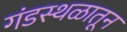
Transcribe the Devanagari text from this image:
गंडस्थळातून